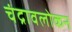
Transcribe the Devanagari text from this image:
चंद्रावलोकन